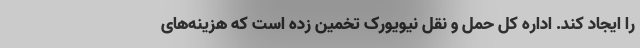
را ایجاد کند. اداره کل حمل و نقل نیویورک تخمین زده است که هزینه‌های